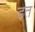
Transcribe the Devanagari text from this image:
ड़त